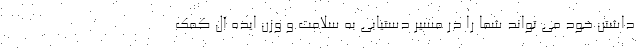
داشتن خود می تواند شما را در مسیر دستیابی به سلامت و وزن ایده آل کمک